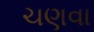
ચણવા